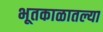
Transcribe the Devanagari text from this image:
भूतकाळातल्या